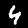
Digit: 4